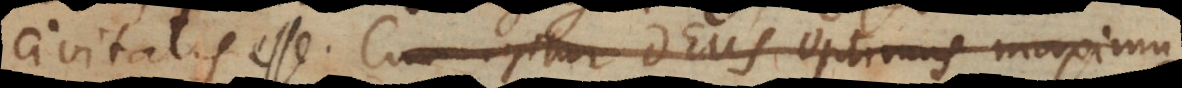
civitatis esse. Cum igitur Deus optimus